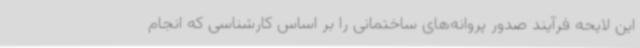
این لایحه فرآیند صدور پروانه‌های ساختمانی را بر اساس کارشناسی که انجام